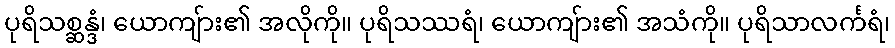
ပုရိသစ္ဆန္ဒံ၊ ယောကျ်ား၏ အလိုကို။ ပုရိသဿရံ၊ ယောကျ်ား၏ အသံကို။ ပုရိသာလင်္ကရံ၊